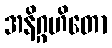
အနိဂ္ဂဟိတော